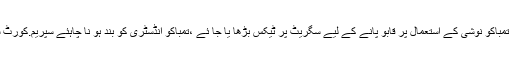
مشترکہ قرار داد میں کہاگیاکہ تمباکو نوشی کے استعمال پر قابو پانے کے لیے سگریٹ پر ٹیکس بڑھا یا جا ئے ،تمباکو انڈسٹری کو بند ہو نا چاہئے سپریم.کورٹ سے بھی رجوع کیا جا ئے گا۔